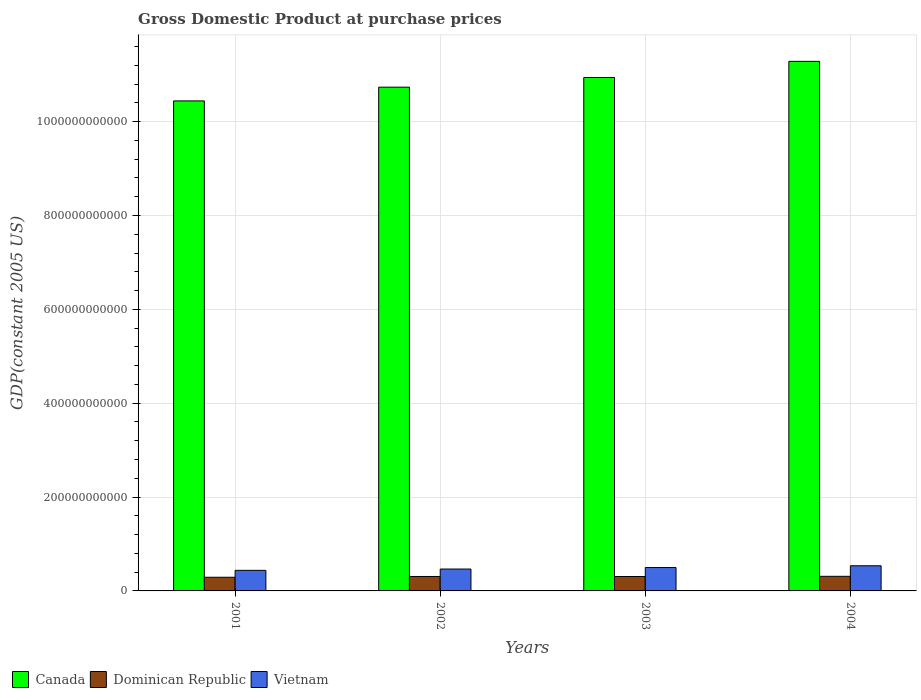
| Years | Canada | Dominican Republic | Vietnam |
 | --- | --- | --- | --- |
 | 2001 | 1.04e+12 | 2.91e+10 | 4.38e+10 |
 | 2002 | 1.07e+12 | 3.08e+10 | 4.66e+10 |
 | 2003 | 1.09e+12 | 3.07e+10 | 4.98e+10 |
 | 2004 | 1.13e+12 | 3.11e+10 | 5.36e+10 |